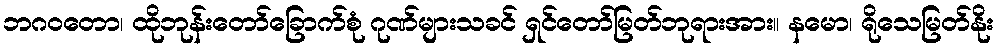
ဘဂဝတော၊ ထိုဘုန်းတော်ခြောက်စုံ ဂုဏ်များသခင် ရှင်တော်မြတ်ဘုရားအား။ နမော၊ ရိုသေမြတ်နိုး